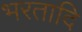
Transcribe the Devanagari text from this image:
भरतादि